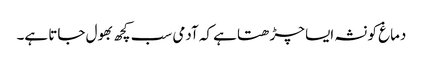
دماغ کو نشہ ایسا چڑھتا ہے کہ آدمی سب کچھ بھول جاتا ہے۔